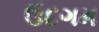
ઉદગમ